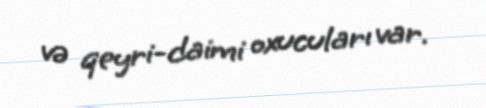
və qeyri-daimi oxucuları var.